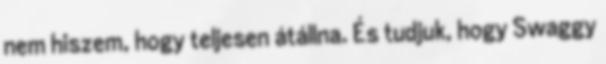
nem hiszem, hogy teljesen átállna. És tudjuk, hogy Swaggy